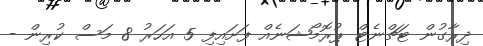
ދިރާގުން ޓަޗްނެޓް ޕުރޮމޯޝަނެއް ފަށައިފި 5 އަހަރު 8 މަސް ކުރިން -